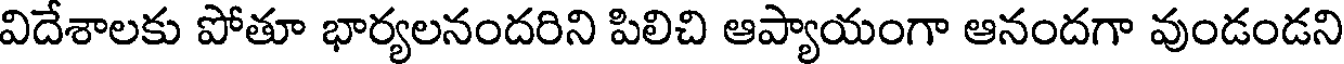
విదేశాలకు పోతూ భార్యలనందరిని పిలిచి ఆప్యాయంగా ఆనందగా వుండండని